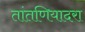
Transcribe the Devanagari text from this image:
तांतणियादरा